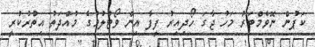
ކަޕުން ނޮވެމްބަރު މަހު ޖާގަ ހޯދިއިރު ފީފާ އިން ވޯޓުލުމުގެ މުއްދަތު އިތުރުކުރީ